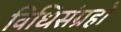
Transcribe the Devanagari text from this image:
विधिसंग्रहों